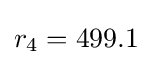
r_{4}=499.1